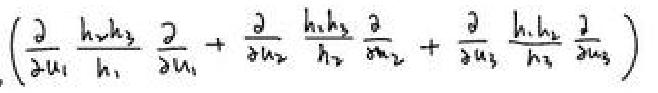
$\left(\frac{\partial}{\partial u_{1}} \frac{h_{2} h_{3}}{h_{1}} \frac{\partial}{\partial u_{1}}+\frac{\partial}{\partial u_{2}} \frac{h_{1} h_{3}}{h_{2}} \frac{\partial}{\partial u_{2}}+\frac{\partial}{\partial u_{3}} \frac{h_{1} h_{2}}{h_{3}} \frac{\partial}{\partial u_{3}}\right)$